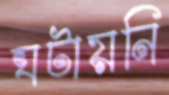
ঘটায়নি